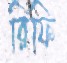
রিফি